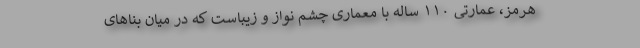
هرمز، عمارتی ۱۱۰ ساله با معماری چشم نواز و زیباست که در میان بناهاى